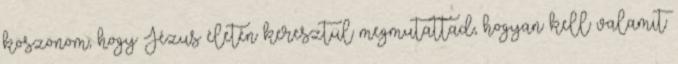
köszönöm, hogy Jézus életén keresztül megmutattad, hogyan kell valamit